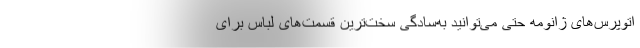
اتوپرس‌های ژانومه حتی می‌توانید به‌سادگی سخت‌ترین قسمت‌های لباس برای